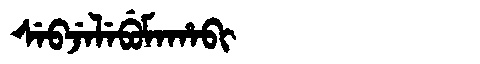
Manchu: ᠰᡝᠪᠵᡝᠯᡝᠪᡠᠮᠠᡥᠠᠪᡳ
Romanization: SEBJELEBUMAHABI